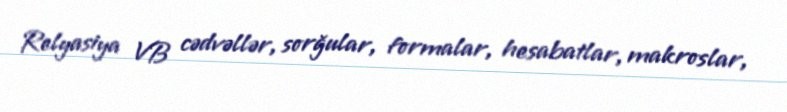
Relyasiya VB cədvəllər, sorğular, formalar, hesabatlar, makroslar,